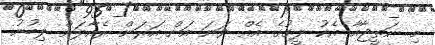
މި ނަތީޖާއާ އެކު ލީގުގެ އެއް ވަނަ އަށް އަރަން ރެއާލަށް ލިބުނު